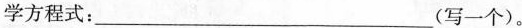
学常见物质发生反应的化学方程式：___(写一个)。